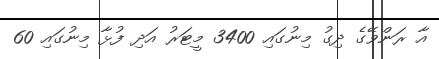
އާ ރަންވޭގެ ދިގު މިނުގައި 3400 މީޓަރު އަދި ފުޅާ މިނުގައި 60